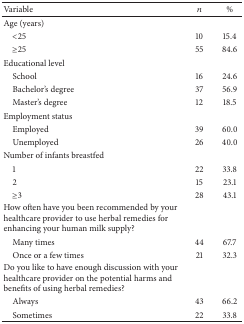
<table><thead><tr><td><b>Variable</b></td><td><b><i>n</i></b></td><td><b>%</b></td></tr></thead><tbody><tr><td>Age (years)</td><td> </td><td> </td></tr><tr><td> &lt;25</td><td>10</td><td>15.4</td></tr><tr><td> ≥25</td><td>55</td><td>84.6</td></tr><tr><td>Educational level</td><td> </td><td> </td></tr><tr><td> School</td><td>16</td><td>24.6</td></tr><tr><td> Bachelor&#x27;s degree</td><td>37</td><td>56.9</td></tr><tr><td> Master&#x27;s degree</td><td>12</td><td>18.5</td></tr><tr><td>Employment status</td><td> </td><td> </td></tr><tr><td> Employed</td><td>39</td><td>60.0</td></tr><tr><td> Unemployed</td><td>26</td><td>40.0</td></tr><tr><td>Number of infants breastfed</td><td> </td><td> </td></tr><tr><td> 1</td><td>22</td><td>33.8</td></tr><tr><td> 2</td><td>15</td><td>23.1</td></tr><tr><td> ≥3</td><td>28</td><td>43.1</td></tr><tr><td>How often have you been recommended by your healthcare provider to use herbal remedies for enhancing your human milk supply?</td><td> </td><td> </td></tr><tr><td> Many times</td><td>44</td><td>67.7</td></tr><tr><td> Once or a few times</td><td>21</td><td>32.3</td></tr><tr><td>Do you like to have enough discussion with your healthcare provider on the potential harms and benefits of using herbal remedies?</td><td> </td><td> </td></tr><tr><td> Always</td><td>43</td><td>66.2</td></tr><tr><td> Sometimes</td><td>22</td><td>33.8</td></tr></tbody></table>